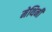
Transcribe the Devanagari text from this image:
मेथिनी